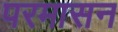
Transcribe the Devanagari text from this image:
परमासन